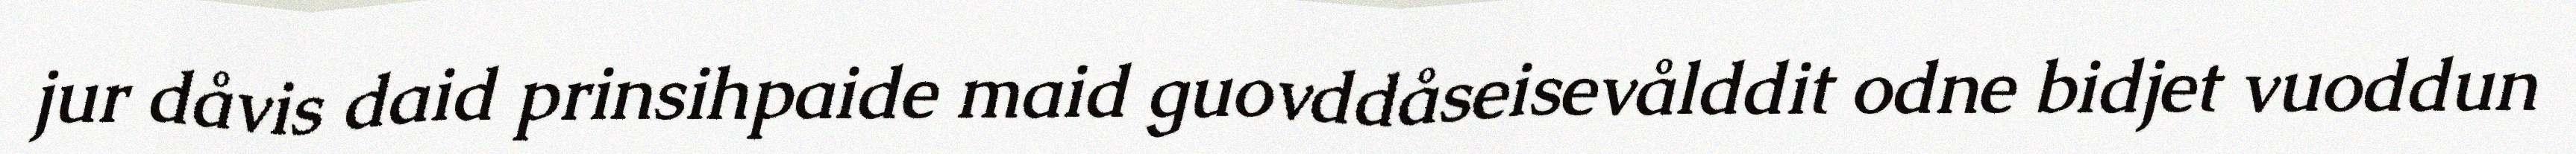
jur dåvis daid prinsihpaide maid guovddåseisevålddit odne bidjet vuoddun